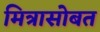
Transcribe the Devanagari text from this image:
मित्रासोबत